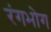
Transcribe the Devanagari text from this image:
रंगभोग